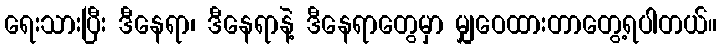
ရေးသားပြီး ဒီနေရာ၊ ဒီနေရာနဲ့ ဒီနေရာတွေမှာ မျှဝေထားတာတွေ့ရပါတယ်။